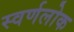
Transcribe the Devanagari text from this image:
स्वर्णलोक